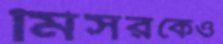
মিসরকেও